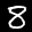
Label: 8